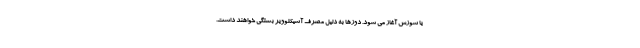
یا سوزش آغاز می شود. دوزها به دلیل مصرف آسیکلوویر بستگی خواهند داشت.